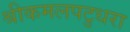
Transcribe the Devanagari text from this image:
श्रीकमलपटुधरा